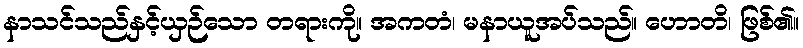
နာသင်သည်နှင့်ယှဉ်သော တရားကို။ အကတံ၊ မနာယူအပ်သည်။ ဟောတိ၊ ဖြစ်၏။